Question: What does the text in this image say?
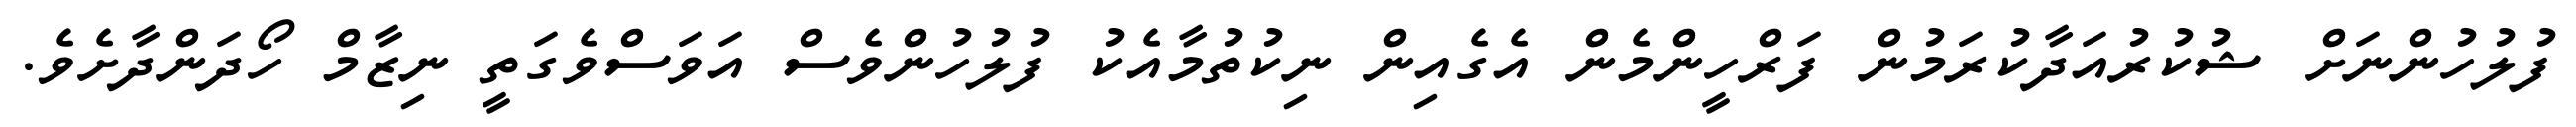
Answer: ފުލުހުންނަށް ޝުކުރުއަދާކުރަމުން ފަރްހީންމެން އެގެއިން ނިކުތުމާއެކު ފުލުހުންވެސް އަވަސްވެގަތީ ނިޒާމް ހޯދަންދާށެވެ.